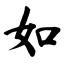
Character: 如